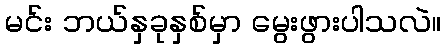
မင်း ဘယ်နှခုနှစ်မှာ မွေးဖွားပါသလဲ။